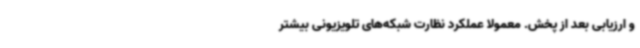
و ارزیابی بعد از پخش. معمولاً عملکرد نظارت شبکه‌های تلویزیونی بیشتر